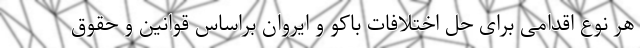
هر نوع اقدامی برای حل اختلافات باکو و ایروان براساس قوانین و حقوق